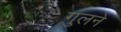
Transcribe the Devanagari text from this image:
गुलने